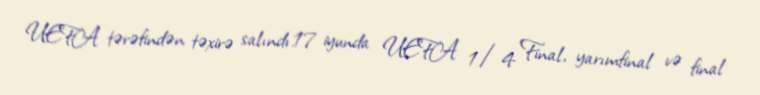
UEFA tərəfindən təxirə salındı.17 iyunda UEFA 1/4 Final, yarımfinal və final